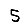
Digit: 5